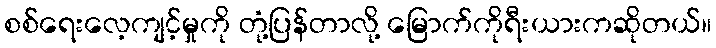
စစ်ရေးလေ့ကျင့်မှုကို တုံ့ပြန်တာလို့ မြောက်ကိုရီးယားကဆိုတယ်။